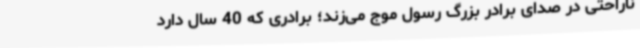
ناراحتی در صدای برادر بزرگ رسول موج می‌زند؛ برادری که 40‌ سال دارد